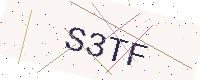
Text: S3TF